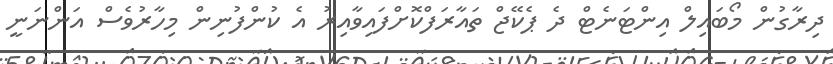
ދިރާގުން މޯބައިލް އިންޓަނެޓް ދެ ޕެކޭޖް ތައާރަފްކޮށްފައިވާއިރު އެ ކުންފުނިން މިހާރުވެސް އަންނަނީ